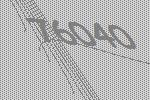
76040